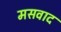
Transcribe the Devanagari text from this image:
मसवाद